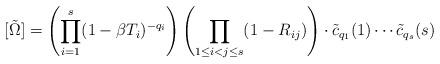
LaTeX: \begin{align*} [\tilde\Omega] = \left( \prod_{i=1}^s (1-\beta T_i)^{-q_i} \right) \left( \prod_{1\leq i<j\leq s}(1-R_{ij})\right) \cdot \tilde{c}_{q_1}(1) \cdots \tilde{c}_{q_s}(s)\end{align*}